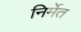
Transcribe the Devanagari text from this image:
निर्मेत